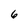
Character: 6